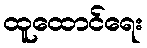
ထူထောင်ရေး